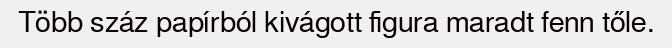
Több száz papírból kivágott figura maradt fenn tőle.